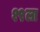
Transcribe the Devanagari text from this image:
१९ला